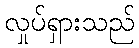
လှုပ်ရှားသည်